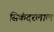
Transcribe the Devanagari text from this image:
सिकंदरलाल